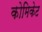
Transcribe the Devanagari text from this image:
कोमिकेट